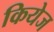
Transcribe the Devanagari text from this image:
कियेज